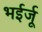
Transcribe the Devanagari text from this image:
भईर्जू